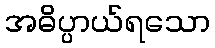
အဓိပ္ပာယ်ရသော